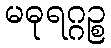
မဓုရဂ္ဂဉ္စ